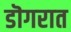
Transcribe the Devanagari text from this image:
डॊगरात